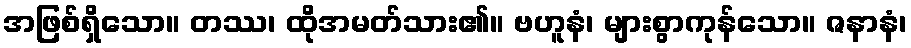
အဖြစ်ရှိသော။ တဿ၊ ထိုအမတ်သား၏။ ဗဟူနံ၊ များစွာကုန်သော။ ဇနာနံ၊